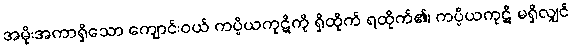
အမိုးအကာရှိသော ကျောင်းဝယ် ကပ္ပိယကုဋိကို ရှိထိုက် ရထိုက်၏၊ ကပ္ပိယကုဋိ မရှိလျှင်